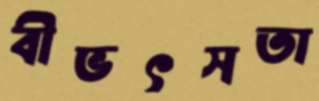
বীভৎসতা